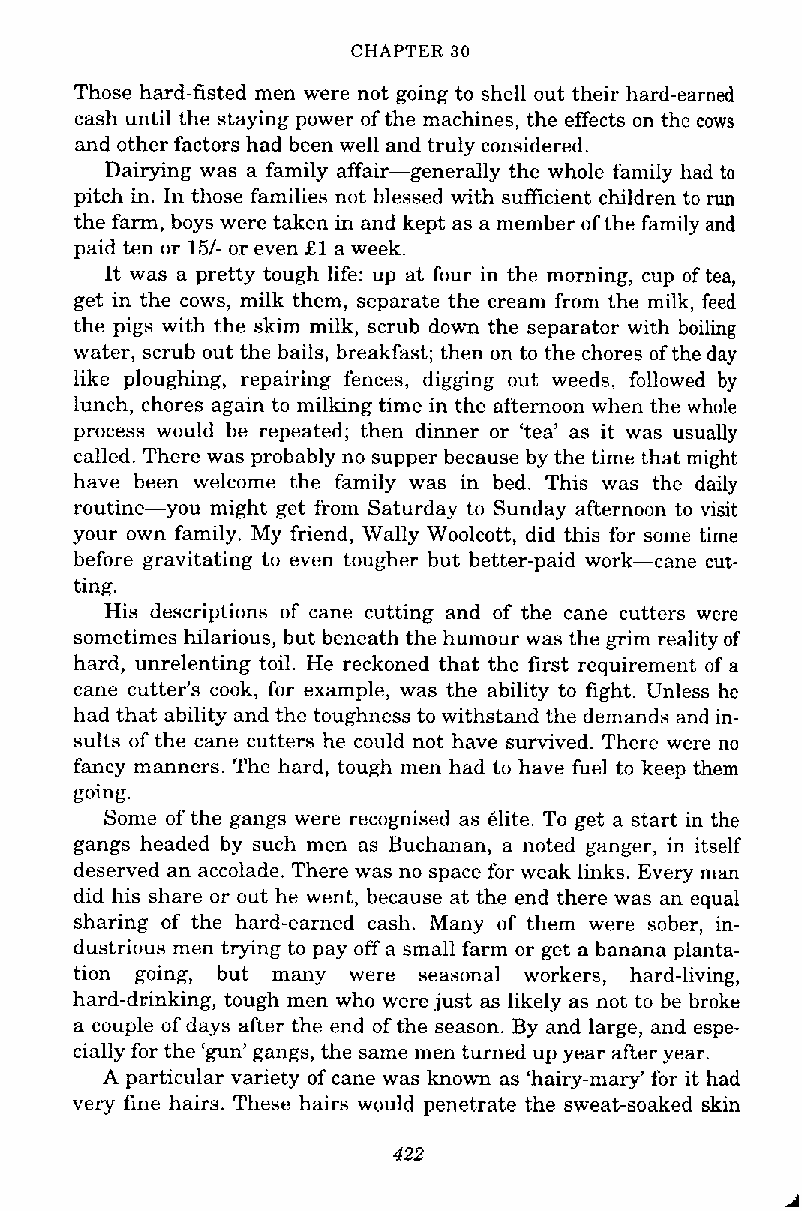
CHAPTER 30
 Those hard-fisted men were not going to shell out their hard-earned
 cash until the staying power of the machines, the effects on the cows
 and other factors had been well and truly considered.
 Dairying was a family affair-generally the whole family had to
 pitch in. In those families not blessed with sufficient children to run
 the farm, boys were taken in and kept as a member of the family and
 paid ten or 151- or even £1 a week.
 It was a pretty tough life: up at four in the morning, cup of tea,
 get in the cows, milk them, separate the cream from the milk, feed
 the pigs with the skim milk, scrub down the separator with boiling
 water, scrub out the bails, breakfast; then on to the chores of the day
 like ploughing, repairing fences, digging out weeds, followed by
 lunch, chores again to milking time in the afternoon when the whole
 process would be repeated; then dinner or 'tea' as it was usually
 called. There was probably no supper because by the time that might
 have been welcome the family was in bed. This was the daily
 routine-you might get from Saturday to Sunday afternoon to visit
 your own family. My friend, Wally Woolcott, did this for some time
 before gravitating to even tougher but better-paid work-cane cut-
 ting.
 His descriptions of cane cutting and of the cane cutters were
 sometimes hilarious, but beneath the humour was the grim reality of
 hard, unrelenting toil. He reckoned that the first requirement of a
 cane cutter's cook, for example, was the ability to fight. Unless he
 had that ability and the toughness to withstand the demands and in-
 sults of the cane cutters he could not have survived. There were no
 fancy manners. The hard, tough men had to have fuel to keep them
 going.
 Some of the gangs were rccognised as dite. To get a start in the
 gangs headed by such men as Buchanan, a noted ganger, in itself
 deserved an accolade. There was no space for weak links. Every man
 did his share or out he went, because at the end there was an equal
 sharing of the hard-earned cash. Many of them were sober, in-
 dustrious men trying to pay off a small farm or get a banana planta-
 tion going, but many were seasonal workers, hard-living,
 hard-drinking, tough men who were just as likely as not to be broke
 a couple of days after the end of the season. By and large, and espe-
 cially for the 'gun' gangs, the same men turned up year after year.
 A particular variety of cane was known as 'hairy-mary' for it had
 very fine hairs. These hairs would penetrate the sweat-soaked skin